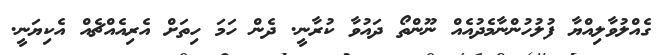
ގެއްލުވާލިއްޔާ ފުލުހުންނާމެދުއެއް ނޫންތޯ ދައުވާ ކުރާނީ. ދެން ހަމަ ހިތަށް އެރިއެއްޗެއް އެކިޔަނީ.